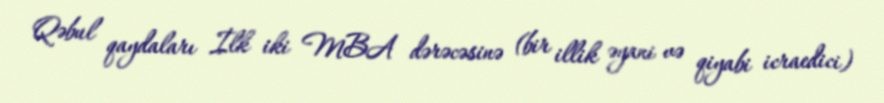
Qəbul qaydaları İlk iki MBA dərəcəsinə (bir illik əyani və qiyabi icraedici)